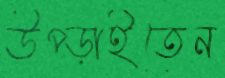
উপ্‌ড়াইতেন